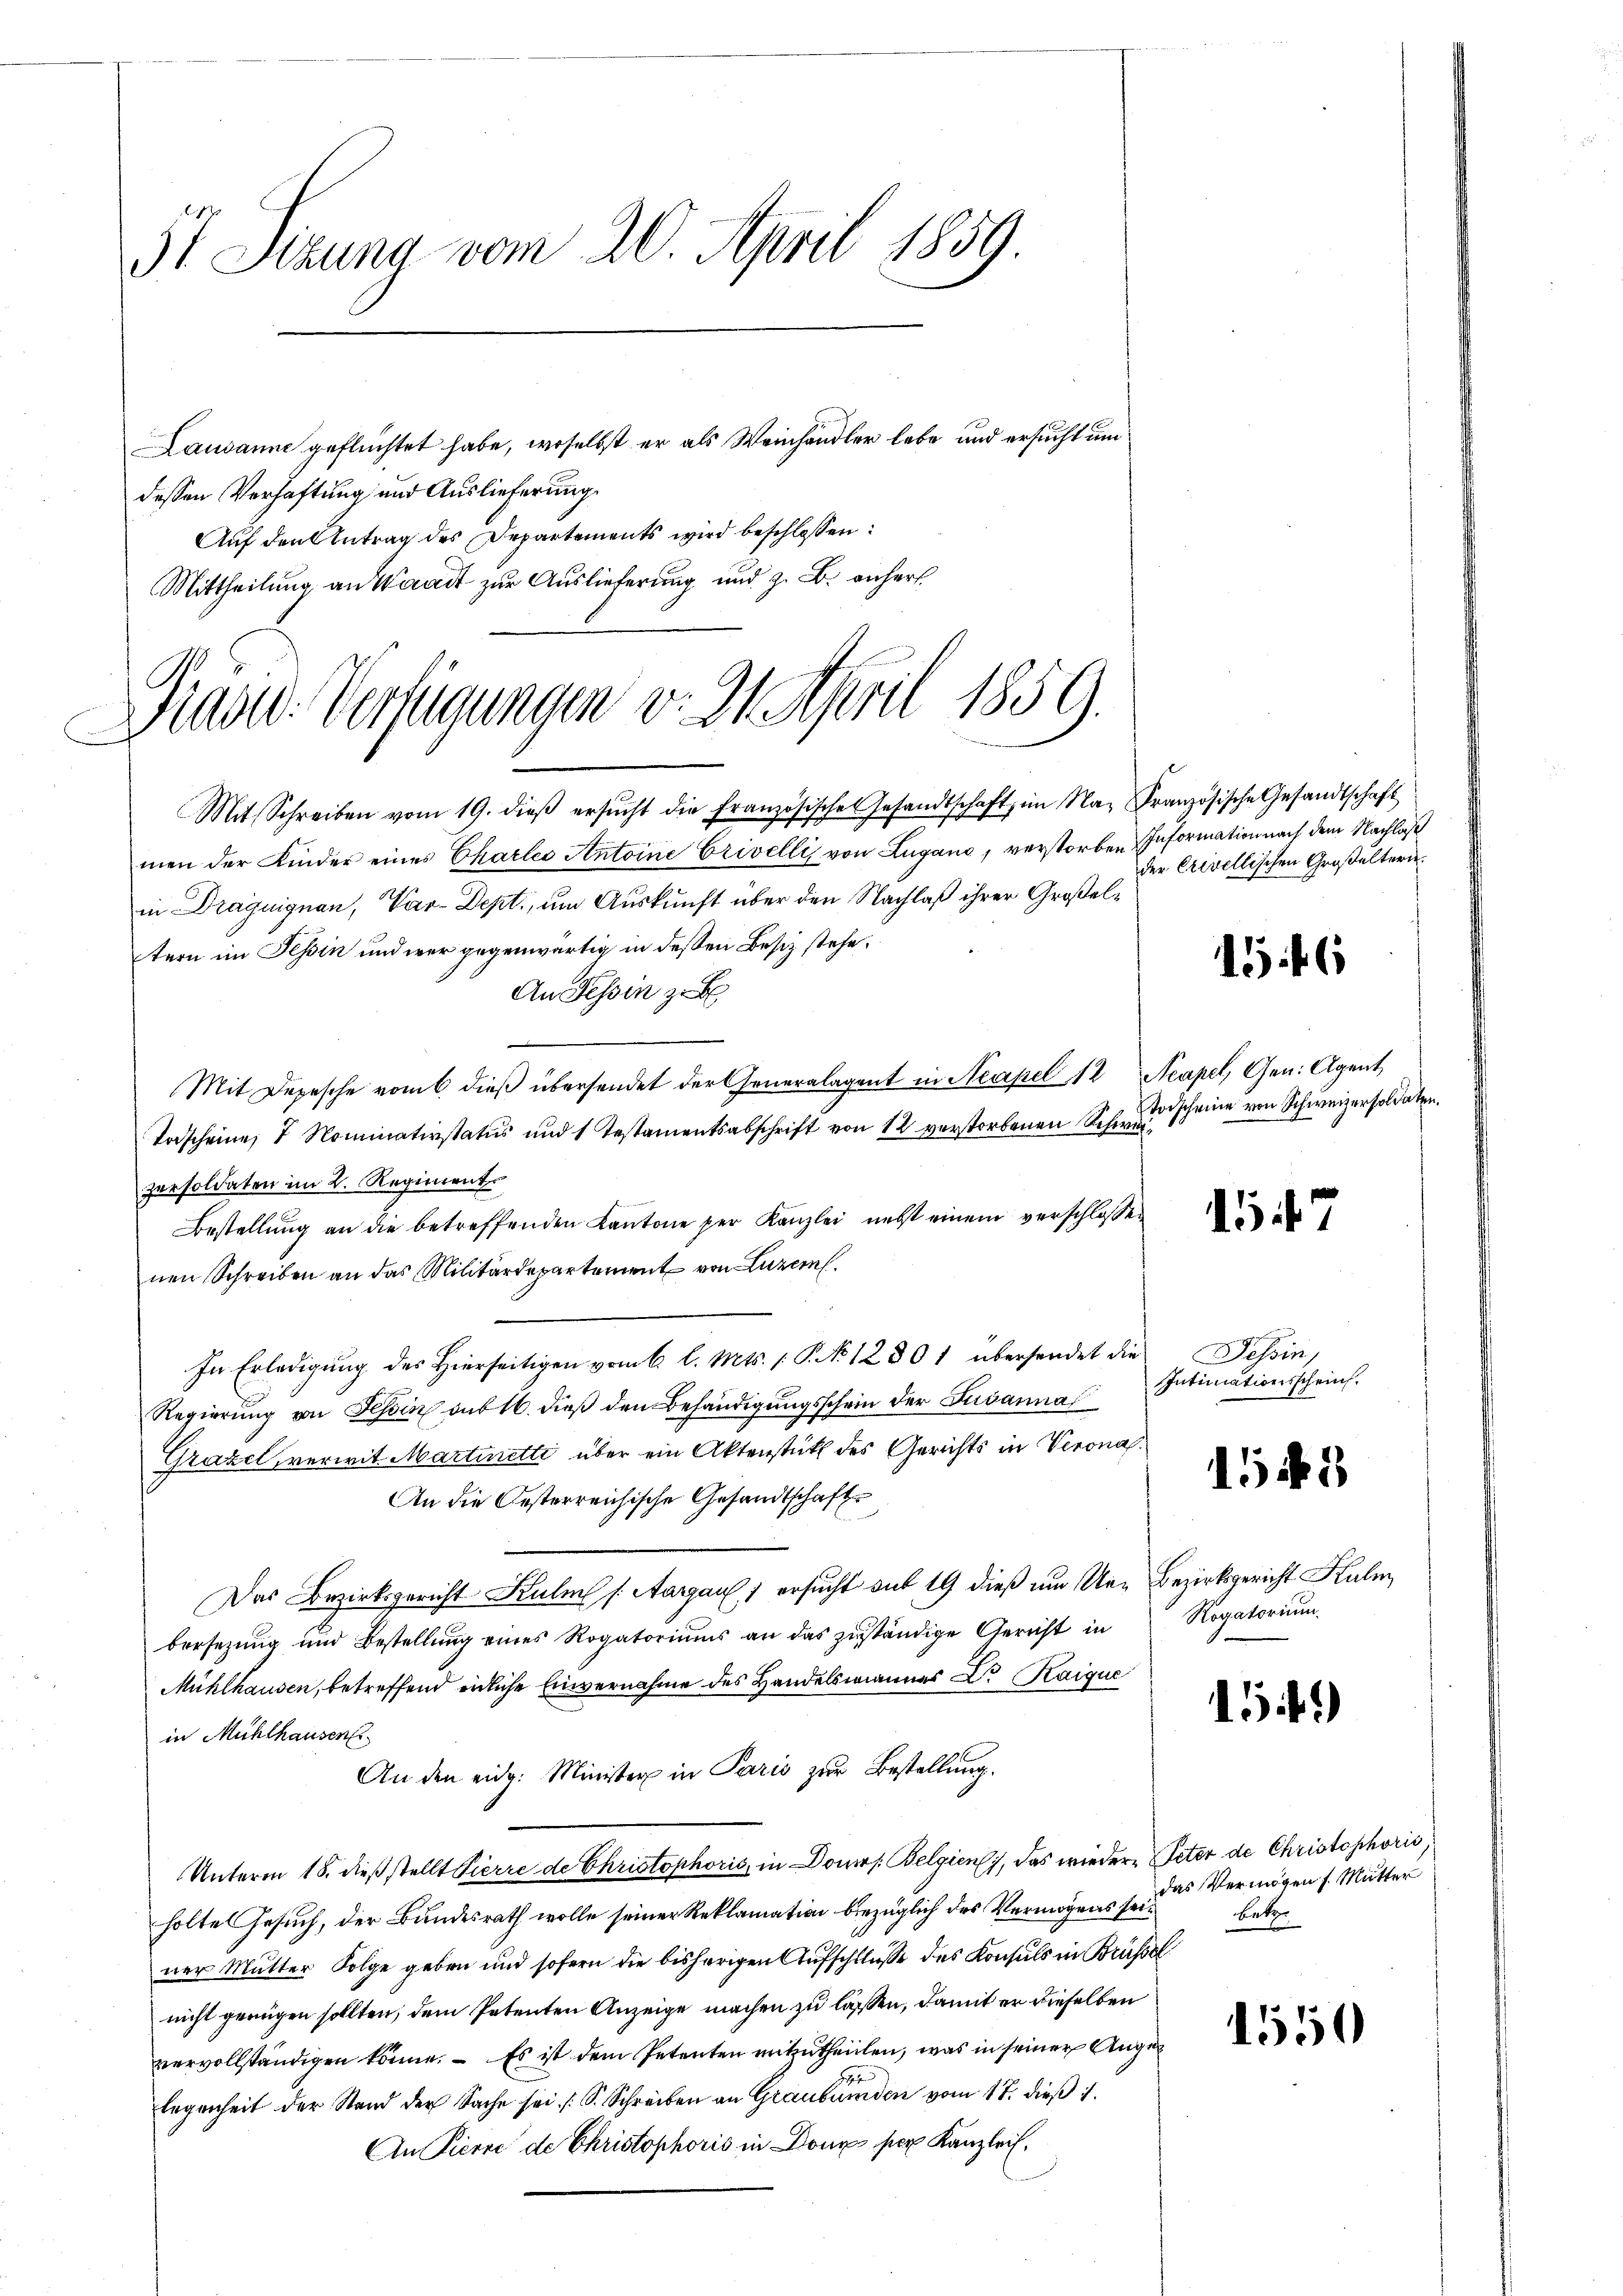
5t Sezung vom 20. April 1859.

Lausanne geflüchtet habe, woselbst er als Weinhändler lebe und ersucht um
dessen Verhaftung und Auslieferung
Auf den Antrag des Departements wird beschlossen:
Mittheilung an Waadt zur Auslieferung und z. B. anher

Mit Schreiben vom 19. dieβ ersŭcht die Französische Gesandtschaft im Na- Französische Gesandtschaft
men der Kinder eines Charlei Antoine Crivelli von Lugano, verstorben Information nach dem Nachläß
in Draguignon, Var-Dept., um Auskunft über den Nachlaß ihrer Großeltern im Tessin und wer gegenwärtig in dessen Besitz stehe,
An Tessin zu b
Mit Depesche vom 6. dieß übersendet der Generalagent in Neapel 12 Neapel, Gen. Agent
Vorscheine, 7 Nominativstatus und 1 Testamentsabschrift von 12 verstorbenen Schneescheine von Schweizersoldate
persoldaten im 2. Regiment
Bestellung an die betreffenden Kantone per Kanzlei nebst einem verschlossen
nen Schreiben an das Militärdepartement von Luzern.
In Erledigung des Hierseitigen vom 6 l. Mts. 1 P. 12801 übersendet die Tessin,
Regierung von Tessin sub 16. dieß den Behändigungsschein der Jusanna
Grazel, vermit Martinette über ein Aktenstutz des Gerichts in Verona¬
An die Oesterreichische Gesandtschaft
Das Bezirksgericht Kulm (Aargau 1 ersucht auf 19 dieß um Un- Bezirksgericht Kulm,
bersezung und Bestellung eines Rogatoriums an das zuständige Gericht in
Mühlhausen, betreffend endliche Einvernahme des Handelsmanner Dr. Kaique
in Mühlhausen
An den eidg. Minister in Paris zur Bestellung.
Unterm 18. dieß stellt Pierre de Christophoris, in Domers. Belgien, das wiedere Peter de Christophoris,
holte Gesuch, der Bundesrath wolle seiner Reklamation bezüglich des Vermögens seiner Mutter Folge geben und sofern die bisherigen Aufschlüsse des Konsuls in Brüssel
nicht genügen sollten, dem Petenten Anzeige machen zu lassen, damit er dieselben
vervollständigen könne. – Es ist dem Petenten mitzutheillen, was in seiner Angelegenheit der Stand der Sache sei (S. Schreiben an Graubünden vom 17. dieβ 1.
An Pierre de Christophoris in Done per Kanzlei.

Blaser Verfügungen v. 21. April 1859.

der Erivellischen Großeltern.

156

1547

Intimationsschein.

15 f 3

Rogatorium.

1)

das Vermögen f. Mutter
betr.

1550